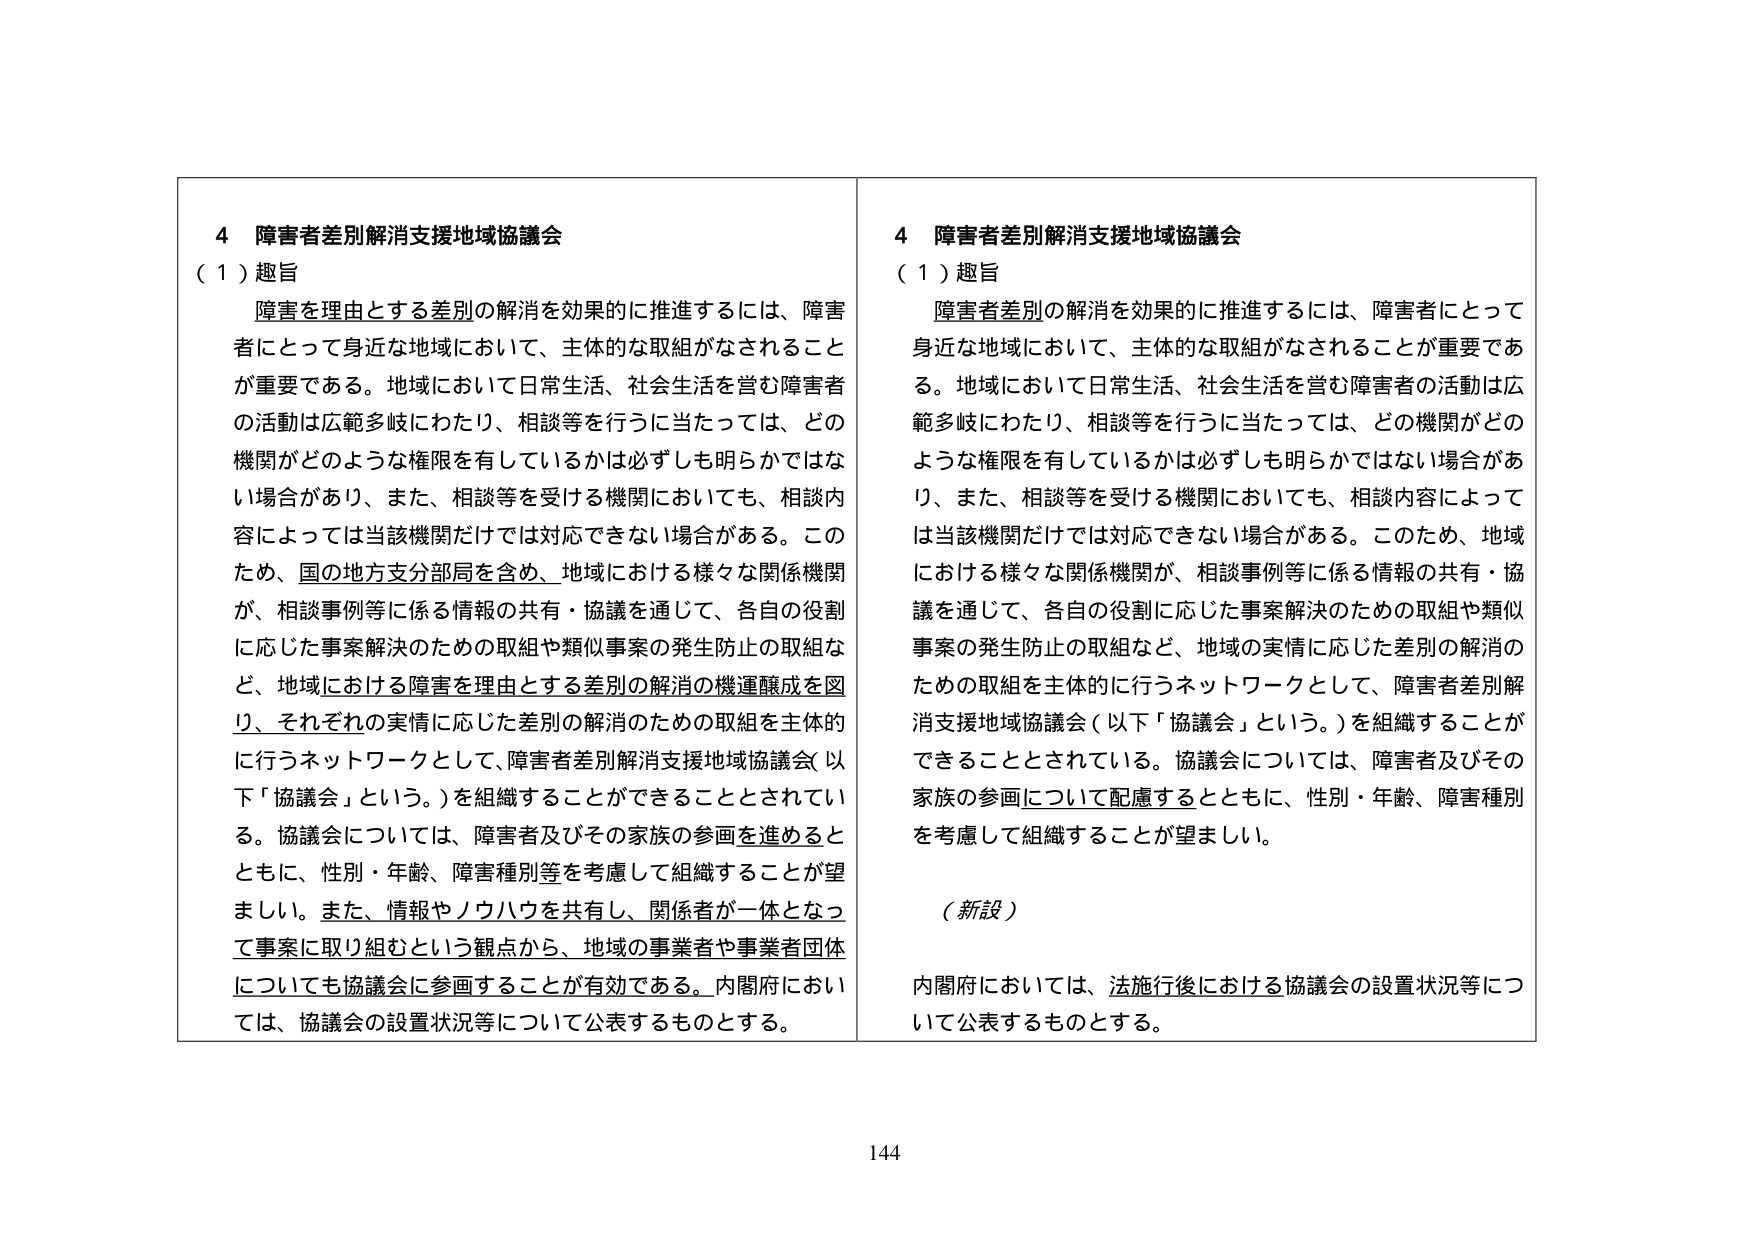
4 障害者差別解消支援地域協議会
（１）趣旨
障害を理由とする差別の解消を効果的に推進するには、障害者にとって身近な地域において、主体的な取組がなされることが重要である。地域において日常生活、社会生活を営む障害者の活動は広範多岐にわたり、相談等を行うに当たっては、どの機関がどのような権限を有しているかは必ずしも明らかではない場合があり、また、相談等を受ける機関においても、相談内容によっては当該機関だけでは対応できない場合がある。このため、国の地方支分部局を含め、地域における様々な関係機関が、相談事例等に係る情報の共有・協議を通じて、各自の役割に応じた事案解決のための取組や類似事案の発生防止の取組など、地域における障害を理由とする差別の解消の機運醸成を図り、それぞれの実情に応じた差別の解消のための取組を主体的に行うネットワークとして、障害者差別解消支援地域協議会（以下「協議会」という。）を組織することができることとされている。協議会については、障害者及びその家族の参画を進めるとともに、性別・年齢、障害種別等を考慮して組織することが望ましい。また、情報やノウハウを共有し、関係者が一体となって事案に取り組むという観点から、地域の事業者や事業者団体についても協議会に参画することが有効である。内閣府においては、協議会の設置状況等について公表するものとする。

4 障害者差別解消支援地域協議会
（１）趣旨
障害者差別の解消を効果的に推進するには、障害者にとって身近な地域において、主体的な取組がなされることが重要である。地域において日常生活、社会生活を営む障害者の活動は広範多岐にわたり、相談等を行うに当たっては、どの機関がどのような権限を有しているかは必ずしも明らかではない場合があり、また、相談等を受ける機関においても、相談内容によっては当該機関だけでは対応できない場合がある。このため、地域における様々な関係機関が、相談事例等に係る情報の共有・協議を通じて、各自の役割に応じた事案解決のための取組や類似事案の発生防止の取組など、地域の実情に応じた差別の解消のための取組を主体的に行うネットワークとして、障害者差別解消支援地域協議会（以下「協議会」という。）を組織することとされている。協議会については、障害者及びその家族の参画について配慮するとともに、性別・年齢、障害種別を考慮して組織することが望ましい。

（新設）
内閣府においては、法施行後における協議会の設置状況等について公表するものとする。

144